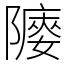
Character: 䧪